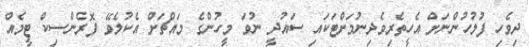
ދިވެހި ފުލުހުންނަށް އެހީތެރިވެދިނުމަށްޓަކައި ސައުދީ ނުވަ މީހުންގެ މައްޗަށް އެކުލެވޭ ފޮރެންސިކް ޓީމެއް